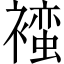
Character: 𬡯